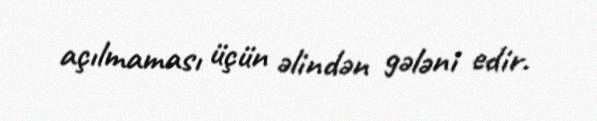
açılmaması üçün əlindən gələni edir.